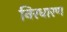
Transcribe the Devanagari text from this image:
निरधारण